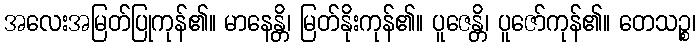
အလေးအမြတ်ပြုကုန်၏။ မာနေန္တိ၊ မြတ်နိုးကုန်၏။ ပူဇေန္တိ၊ ပူဇော်ကုန်၏။ တေသဉ္စ၊